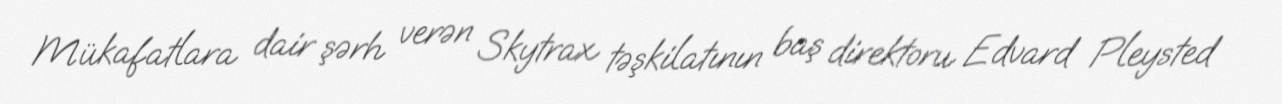
Mükafatlara dair şərh verən Skytrax təşkilatının baş direktoru Edvard Pleysted